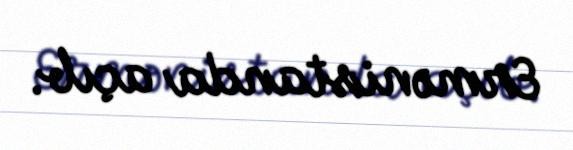
Ermənistanda açıb.